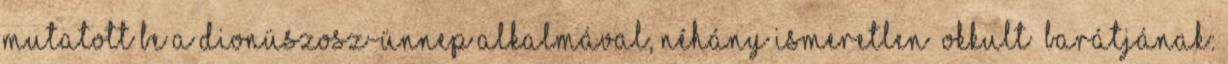
mutatott be a Dionüszosz-ünnep alkalmával, néhány ismeretlen „okkult” barátjának: